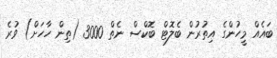
ބައެއް މީހުންގެ އިތުރުން ބެލޮޓް ބޮކްސް ނެތް 3000 (ތިން ހާހަށް) ވުރެ